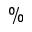
\%